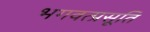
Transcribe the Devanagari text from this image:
भगवत्प्रसूति